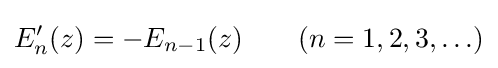
E_{n}'(z)=-E_{n-1}(z)\qquad (n=1,2,3,\ldots )